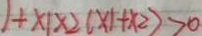
1 + x 1 x 2 ( x 1 + x 2 ) > 0